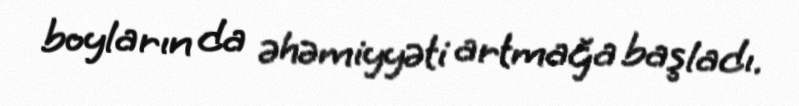
boyların da əhəmiyyəti artmağa başladı.